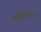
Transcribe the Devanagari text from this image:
सज्जनतापुर्वक